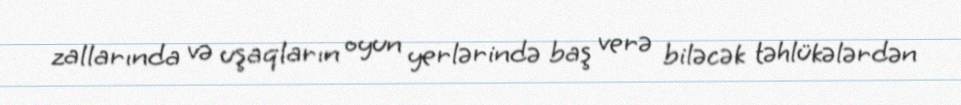
zallarında və uşaqların oyun yerlərində baş verə biləcək təhlükələrdən